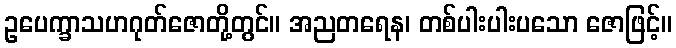
ဥပေက္ခာသဟဂုတ်ဇောတို့တွင်။ အညတရေန၊ တစ်ပါးပါးပသော ဇောဖြင့်။